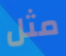
مثل